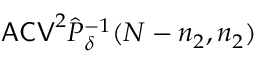
\mathsf { A C V } ^ { 2 } \hat { P } _ { \delta } ^ { - 1 } ( N - n _ { 2 } , n _ { 2 } )